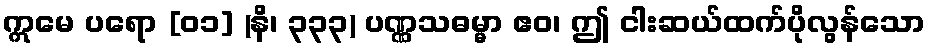
ဣမေ ပရော [၀၁] (နိ၊ ၃၃၃) ပဏ္ဏသဓမ္မာ ဧဝ၊ ဤ ငါးဆယ်ထက်ပိုလွန်သော